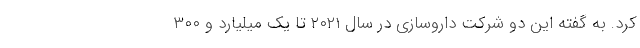
کرد. به گفته این دو شرکت داروسازی در سال ۲۰۲۱ تا یک میلیارد و ۳۰۰